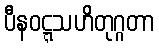
ပီနဝဋ္ဋသဟိတုဂ္ဂတာ